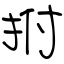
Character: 拊